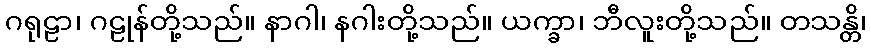
ဂရုဠာ၊ ဂဠုန်တို့သည်။ နာဂါ၊ နဂါးတို့သည်။ ယက္ခာ၊ ဘီလူးတို့သည်။ တသန္တိ၊